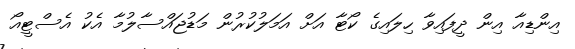
އިންޑިއާ އިން ދީފައިވާ ހިލައިގެ ކޯޓާ އަށް އަމަލުކުރުން މަޑުޖައްސާލުމާ އެކު އެސްޓީއޯ